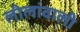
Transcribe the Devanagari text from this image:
लीलांवाली